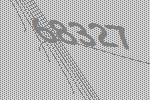
68327